Report of the Indian Hemp Drugs Commission, 1894-1895 - Volume I
Year: 1894
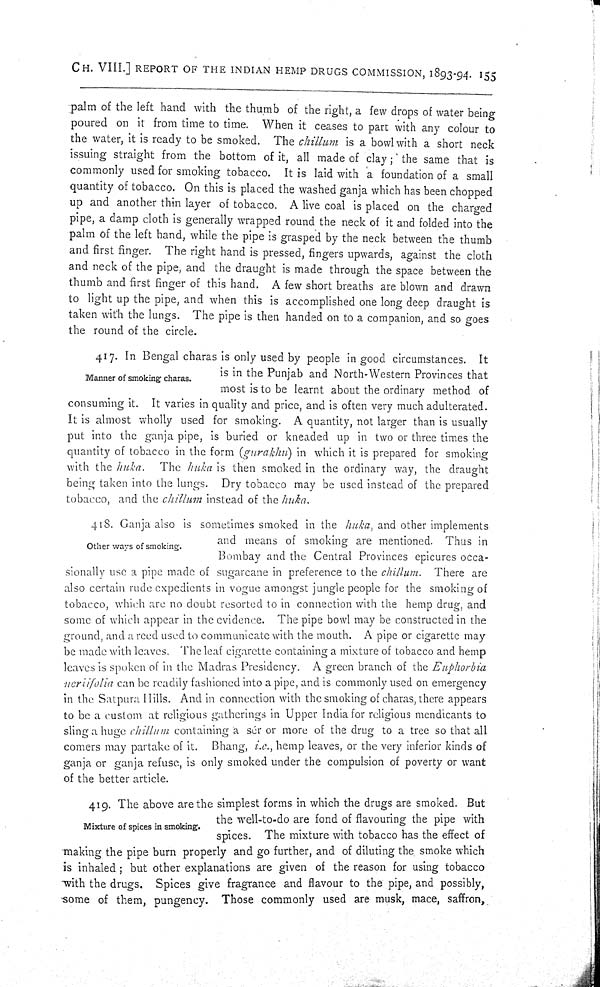
CH. VIII.] REPORT OF THE INDIAN HEMP DRUGS COMMISSION, 1893-94. 155
palm of the left hand with the thumb of the right, a few drops of water being
poured on it from time to time. When it ceases to part with any colour to
the water, it is ready to be smoked. The chillum is a bowl with a short neck
issuing straight from the bottom of it, all made of clay; the same that is
commonly used for smoking tobacco. It is laid with a foundation of a smal l
quantity of tobacco. On this is placed the washed ganja which has been chopped
up and another thin layer of tobacco. A live coal is placed on the charged
pipe, a damp cloth is generally wrapped round the neck of it and folded into the
palm of the left hand, while the pipe is grasped by the neck between the thumb
and first finger. The right hand is pressed, fingers upwards, against the cloth
and neck of the pipe, and the draught is made through the space between the
thumb and first finger of this hand. A few short breaths are blown and drawn
to light up the pipe, and when this is accomplished one long deep draught is
taken with the lungs. The pipe is then handed on to a companion, and so goes
the round of the circle.
Manner of smoking charas.
417. In Bengal charas is only used by people in good circumstances. It
is in the Punjab and North-Western Provinces that
most is to be learnt about the ordinary method of
consuming it. It varies in quality and price, and is often very much adulterated.
It is almost wholly used for smoking. A quantity, not larger than is usually
put into the ganja pipe, is buried or kneaded up in two or three times the
quantity of tobacco in the form (gurakhu) in which it is prepared for smoking
with the huka. The huka is then smoked in the ordinary way, the draught
being taken into the lungs. Dry tobacco may be used instead of the prepared
tobacco, and the chillum instead of the huka.
Other ways of smoking.
418. Ganja also is sometimes smoked in the huka, and other implements
and means of smoking are mentioned. Thus in
Bombay and the Central Provinces epicures occa-
sionally use a pipe made of sugarcane in preference to the chillum. There are
also certain rude expedients in vogue amongst jungle people for the smoking of
tobacco, which are no doubt resorted to in connection with the hemp drug, and
some of which appear in the evidence. The pipe bowl may be constructed in the
ground, and a reed used to communicate with the mouth. A pipe or cigarette may
be made with leaves. The leaf cigarette containing a mixture of tobacco and hemp
leaves is spoken of in the Madras Presidency. A green branch of the Euphorbia
neriifolia can be readily fashioned into a pipe, and is commonly used on emergency
in the Satpura Hills. And in connection with the smoking of charas, there appears
to be a custom at religious gatherings in Upper India for religious mendicants to
sling a huge chillum containing a sér or more of the drug to a tree so that all
comers may partake of it. Bhang, i.e., hemp leaves, or the very inferior kinds of
ganja or ganja refuse, is only smoked under the compulsion of poverty or want
of the better article.
Mixture of spices in smoking.
419. The above are the simplest forms in which the drugs are smoked. But
the well-to-do are fond of flavouring the pipe with
spices. The mixture with tobacco has the effect of
making the pipe burn properly and go further, and of diluting the smoke which
is inhaled; but other explanations are given of the reason for using tobacco
with the drugs. Spices give fragrance and flavour to the pipe, and possibly,
some of them, pungency. Those commonly used are musk, mace, saffron,